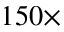
1 5 0 \times